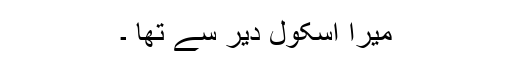
میرا اسکول دیر سے تھا ۔